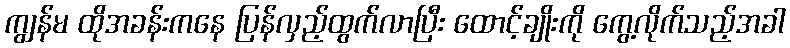
ကျွန်မ ထိုအခန်းကနေ ပြန်လှည့်ထွက်လာပြီး ထောင့်ချိုးကို ကွေ့လိုက်သည့်အခါ